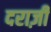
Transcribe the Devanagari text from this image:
दराज़ी